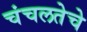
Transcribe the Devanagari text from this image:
चंचलतेचे